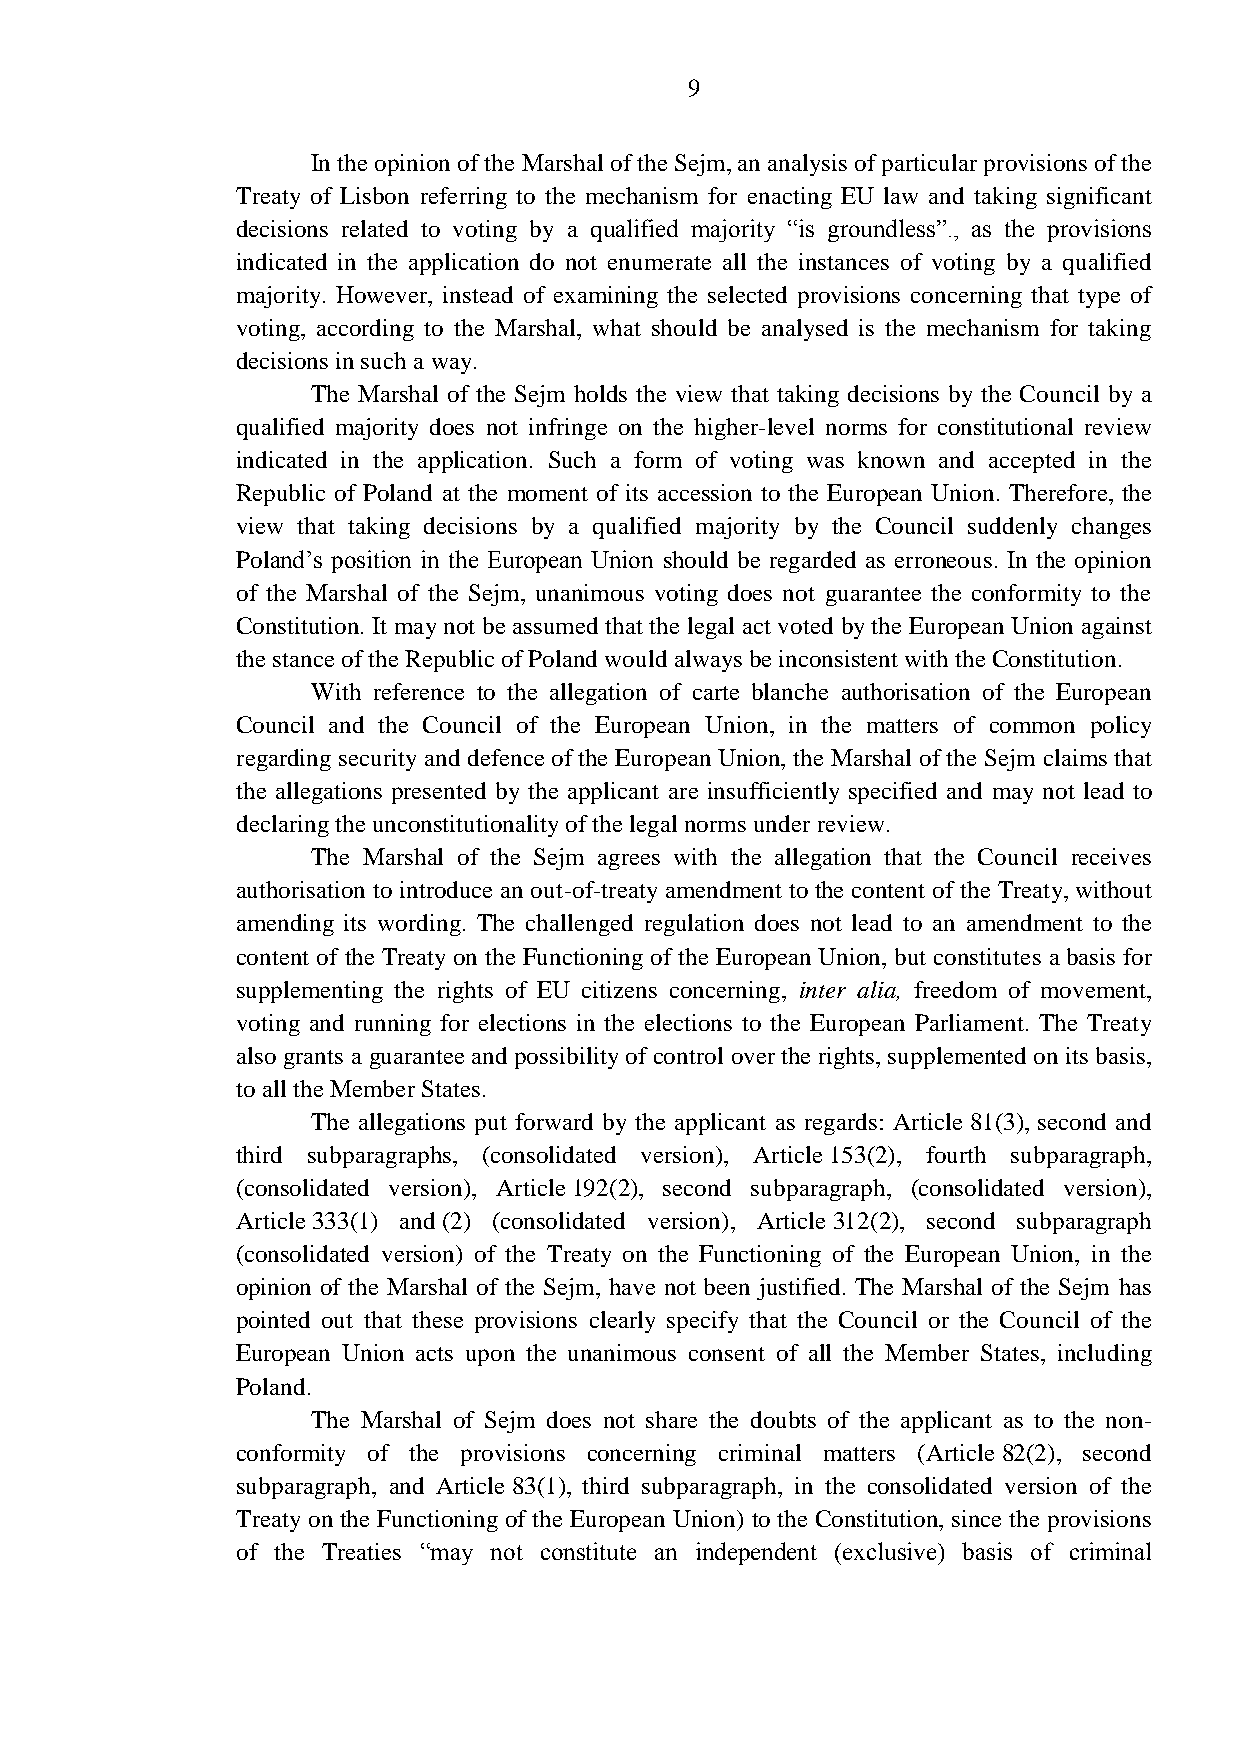
9
 In the opinion of the Marshal of the Sejm, an analysis of particular provisions of the
 Treaty of Lisbon referring to the mechanism for enacting EU law and taking significant
 decisions related to voting by a qualified majority “is groundless”., as the provisions
 indicated in the application do not enumerate all the instances of voting by a qualified
 majority. However, instead of examining the selected provisions concerning that type of
 voting, according to the Marshal, what should be analysed is the mechanism for taking
 decisions in such a way.
 The Marshal of the Sejm holds the view that taking decisions by the Council by a
 qualified majority does not infringe on the higher-level norms for constitutional review
 indicated in the application. Such a form of voting was known and accepted in the
 Republic of Poland at the moment of its accession to the European Union. Therefore, the
 view that taking decisions by a qualified majority by the Council suddenly changes
 Poland’s position in the European Union should be regarded as erroneous. In the opinion
 of the Marshal of the Sejm, unanimous voting does not guarantee the conformity to the
 Constitution. It may not be assumed that the legal act voted by the European Union against
 the stance of the Republic of Poland would always be inconsistent with the Constitution.
 With reference to the allegation of carte blanche authorisation of the European
 Council and the Council of the European Union, in the matters of common policy
 regarding security and defence of the European Union, the Marshal of the Sejm claims that
 the allegations presented by the applicant are insufficiently specified and may not lead to
 declaring the unconstitutionality of the legal norms under review.
 The Marshal of the Sejm agrees with the allegation that the Council receives
 authorisation to introduce an out-of-treaty amendment to the content of the Treaty, without
 amending its wording. The challenged regulation does not lead to an amendment to the
 content of the Treaty on the Functioning of the European Union, but constitutes a basis for
 supplementing the rights of EU citizens concerning, inter alia, freedom of movement,
 voting and running for elections in the elections to the European Parliament. The Treaty
 also grants a guarantee and possibility of control over the rights, supplemented on its basis,
 to all the Member States.
 The allegations put forward by the applicant as regards: Article 81(3), second and
 third subparagraphs, (consolidated version), Article 153(2), fourth subparagraph,
 (consolidated version), Article 192(2), second subparagraph, (consolidated version),
 Article 333(1) and (2) (consolidated version), Article 312(2), second subparagraph
 (consolidated version) of the Treaty on the Functioning of the European Union, in the
 opinion of the Marshal of the Sejm, have not been justified. The Marshal of the Sejm has
 pointed out that these provisions clearly specify that the Council or the Council of the
 European Union acts upon the unanimous consent of all the Member States, including
 Poland.
 The Marshal of Sejm does not share the doubts of the applicant as to the non-
 conformity of the provisions concerning criminal matters (Article 82(2), second
 subparagraph, and Article 83(1), third subparagraph, in the consolidated version of the
 Treaty on the Functioning of the European Union) to the Constitution, since the provisions
 of the Treaties “may not constitute an independent (exclusive) basis of criminal